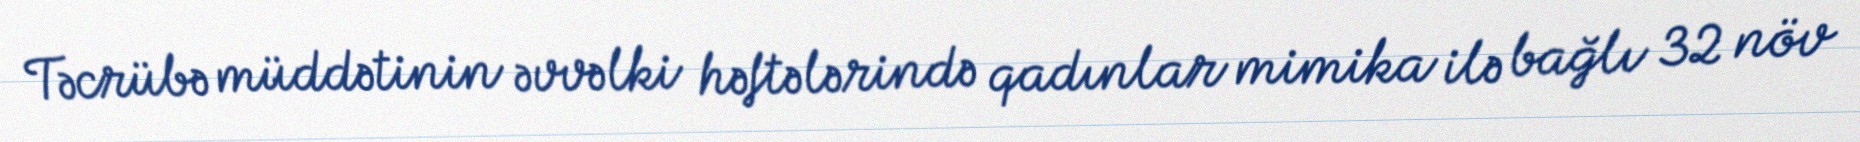
Təcrübə müddətinin əvvəlki həftələrində qadınlar mimika ilə bağlı 32 növ